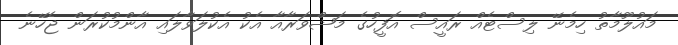
މައުލޫމާތު ހިމެނޭ ލިސްޓެއް ރައީސް އޮފީހުގެ މަޝްވަރާއާ އެކު އެކުލަވާލައި އާންމުކުރަން ޖެހޭނެ